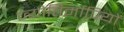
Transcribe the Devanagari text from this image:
ज्योतिर्मापियों